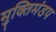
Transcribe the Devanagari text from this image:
मुक्तिमंडप